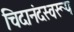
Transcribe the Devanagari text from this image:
चिदानंदस्वरूप